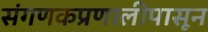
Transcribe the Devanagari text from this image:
संगणकप्रणालीपासून